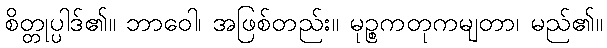
စိတ္တုပ္ပါဒ်၏။ ဘာဝေါ၊ အဖြစ်တည်း။ မုဉ္စကတုကမျတာ၊ မည်၏။